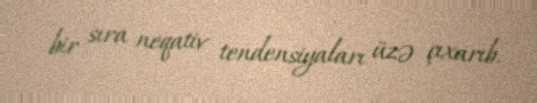
bir sıra neqativ tendensiyaları üzə çıxarıb.